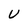
Character: U